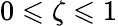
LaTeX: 0\leqslant\zeta\leqslant 1